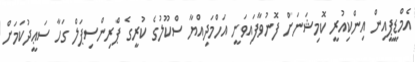
އެމްޑީޕީއިން އިންކިއުރީ ކޮމިޝަނަށް ފޮނުވާފައިވަނީ އަހްމަދިއްޔާ ސްކޫލުގެ ކުރީގެ ޕްރިންސިޕަލް ގަހާ ސަޢީދުކަމަށް